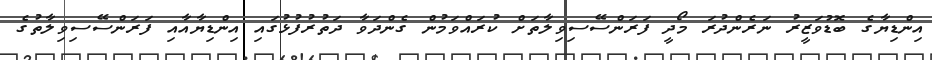
އިންޑިޔާގެ ބޮޑުވަޒީރު ނަރެންދުރަ މޯދީ ފަރަންސޭސިވިލާތަށް ކުރައްވަމުން ގެންދަވާ ދަތުރުފުޅުގައި އިންޑިޔާއާއި ފަރަންސޭސިވިލާތުގެ